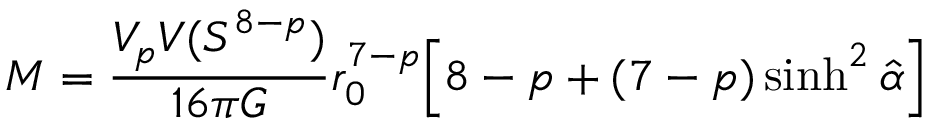
M = \frac { V _ { p } V ( S ^ { 8 - p } ) } { 1 6 \pi G } r _ { 0 } ^ { 7 - p } \Big [ 8 - p + ( 7 - p ) \sinh ^ { 2 } \hat { \alpha } \Big ]